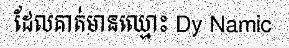
ដែលគាត់មានឈ្មោះ Dy Namic